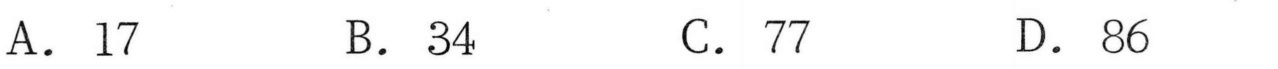
A. \(17\)  B. \(34\)  C. \(77\)  D. \(86\)